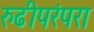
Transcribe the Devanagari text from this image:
रुढीपरंपरा